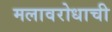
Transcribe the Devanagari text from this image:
मलावरोधाची